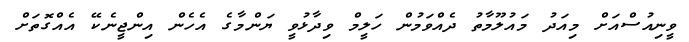
ވީނިއުސްއަށް މިއަދު މައުލޫމާތު ދެއްވަމުން ހަލީމް ވިދާޅުވީ ޔަންމާގެ އެހެން އިންޖީނެކޭ އެއްގޮތަށް